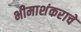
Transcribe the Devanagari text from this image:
भीमाशंकराचे